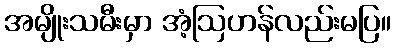
အမျိုးသမီးမှာ အံ့ဩဟန်လည်းမပြ။